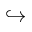
\hookrightarrow